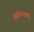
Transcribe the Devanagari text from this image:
सर्वानन्दकरी